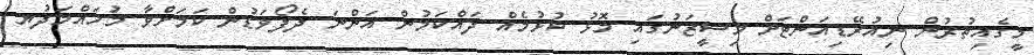
މީގެއިތުރުން ނިއުރޭޑިއަންޓަށް މިސީޒަނުގައި މޮޅު ކުޅުމެއް ދައްކަމުން އަންނަ ދެފޯވަޑުން ކަމަށްވާ މުހައްމަދުޔ